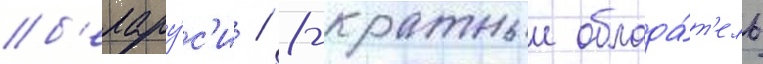
б'елару́с'и / 8-кратныи облада́т'ель